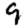
Digit: 9